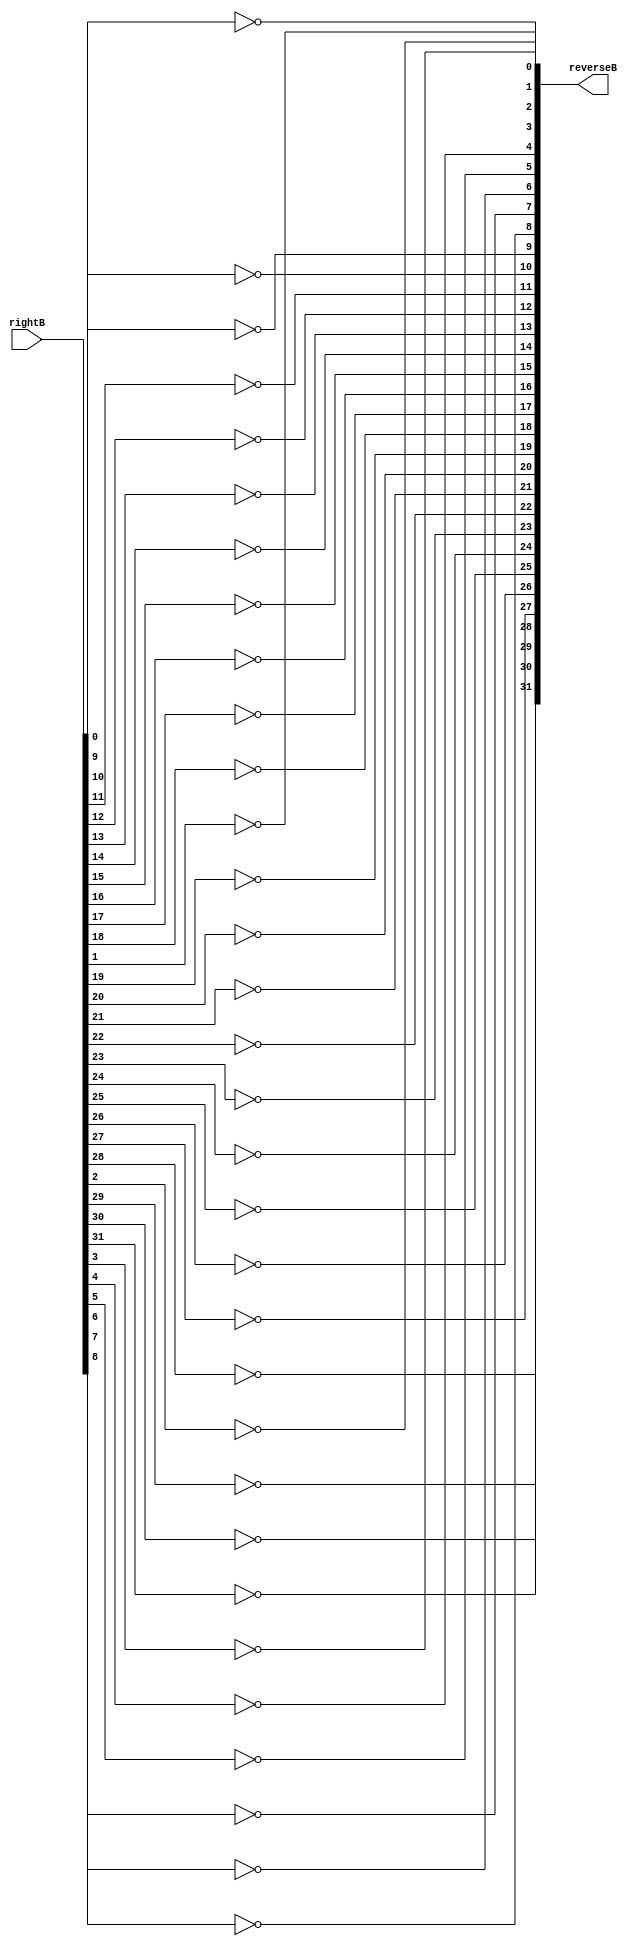
module reverse(rightB, reverseB);
  input [31:0] rightB;
  output [31:0] reverseB; 
  
  not notgate0(reverseB[0], rightB[0]);
  not notgate1(reverseB[1], rightB[1]);
  not notgate2(reverseB[2], rightB[2]);
  not notgate3(reverseB[3], rightB[3]);
  not notgate4(reverseB[4], rightB[4]);
  not notgate5(reverseB[5], rightB[5]);
  not notgate6(reverseB[6], rightB[6]);
  not notgate7(reverseB[7], rightB[7]);
  not notgate8(reverseB[8], rightB[8]);
  not notgate9(reverseB[9], rightB[9]);
  not notgate10(reverseB[10], rightB[10]);
  not notgate11(reverseB[11], rightB[11]);
  not notgate12(reverseB[12], rightB[12]);
  not notgate13(reverseB[13], rightB[13]);
  not notgate14(reverseB[14], rightB[14]);
  not notgate15(reverseB[15], rightB[15]);
  not notgate16(reverseB[16], rightB[16]);
  not notgate17(reverseB[17], rightB[17]);
  not notgate18(reverseB[18], rightB[18]);
  not notgate19(reverseB[19], rightB[19]);
  not notgate20(reverseB[20], rightB[20]);
  not notgate21(reverseB[21], rightB[21]);
  not notgate22(reverseB[22], rightB[22]);
  not notgate23(reverseB[23], rightB[23]);
  not notgate24(reverseB[24], rightB[24]);
  not notgate25(reverseB[25], rightB[25]);
  not notgate26(reverseB[26], rightB[26]);
  not notgate27(reverseB[27], rightB[27]);
  not notgate28(reverseB[28], rightB[28]);
  not notgate29(reverseB[29], rightB[29]);
  not notgate30(reverseB[30], rightB[30]);
  not notgate31(reverseB[31], rightB[31]);   
endmodule